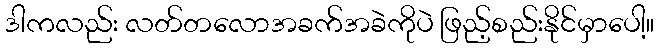
ဒါကလည်း လတ်တလောအခက်အခဲကိုပဲ ဖြည့်စည်းနိုင်မှာပေါ့။